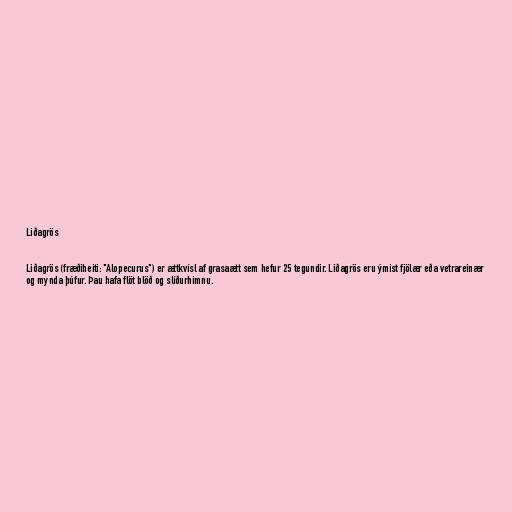
Liðagrös

Liðagrös (fræðiheiti: "Alopecurus") er ættkvísl af grasaætt sem hefur 25 tegundir. Liðagrös eru ýmist fjölær eða vetrareinær
og mynda þúfur. Þau hafa flöt blöð og slíðurhimnu.